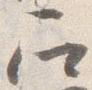
召